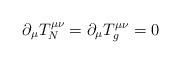
LaTeX: \begin{align*}\partial_{\mu}T_{N}^{\mu\nu}=\partial_{\mu}T_{g}^{\mu\nu}=0\end{align*}